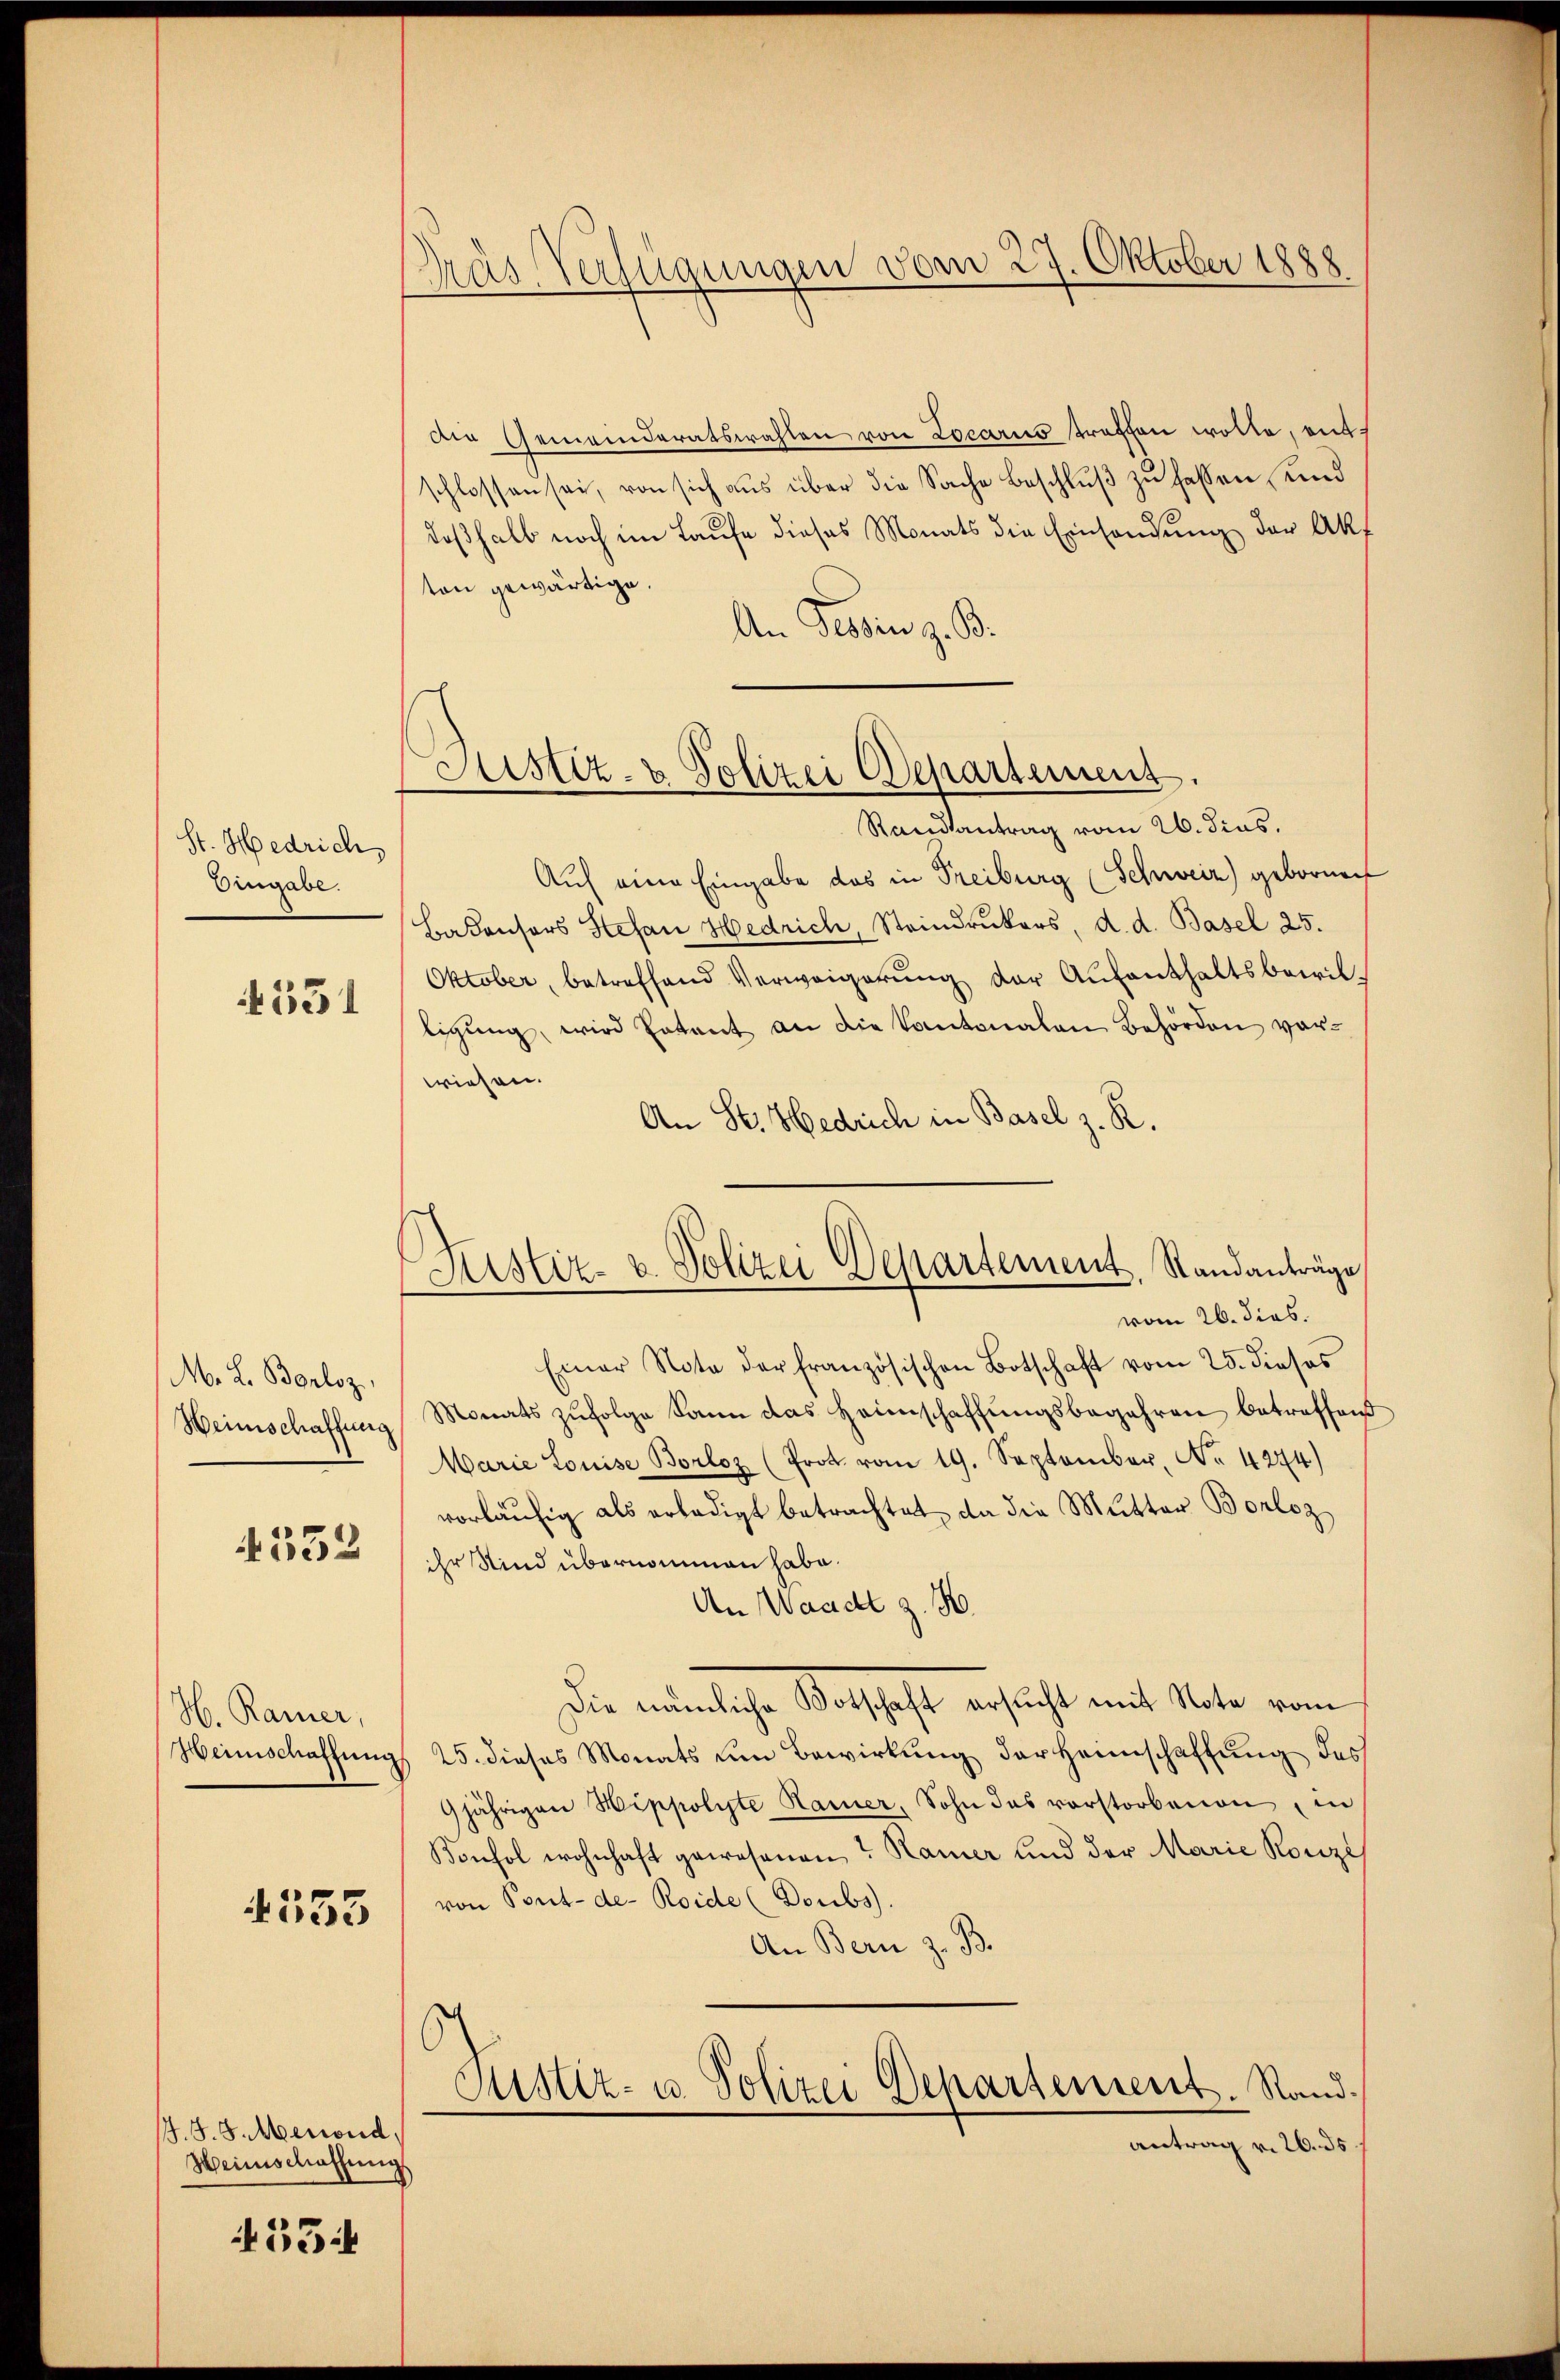
St. Hedrich
Eingabe.

531

M. L. Borloz,
Weinschaffung

4332

H. Kamer,
Weinschaftun

4555

B. S. 8. Menoud.
Heinschaffungs

35

Dräs Verfügungen vom 27. Oktober 1888

die Gemeinderatswahlen von Locaris traffen wolle, entschlossen sei, von sich aŭs über die Sache beschlŭβ zŭ hassen und
deßhalb noch im Laufe dieses Monats die Einsendung der Akt
ton gewärtige.
An Gesin z. B.
Auf eine Eingabe das in Freiburg (Schweiz) gebornen
Bakonsors Stefan Hedrich, Steindruckers, d. d. Basel 25.
Oktober, betreffend Verweigerung der Aufenthaltsbewilligŭng, wird Patent an die Kantonalen Behörden vorwiesen.
An St. Hedrich in Basel z. R.
vom 26. dies.
Einer Nota der französischen Botschaft vom 25. dieses
Monats zŭfolge dann das Heimschaffungsbegehren betreffend
Marie Louise Borloz (Prot. vom 19. September, No 4244)
vorläufig als erledigt betrachtet, da die Mutter Borloz
ihr Kind übernommen habe.
An Waadt z. B.
Die nämliche Votschaft ersucht mit Note vom
§ 25. dieses Monats um Bewirkung der Heimschaffung des
9jährigen Hippolyte Kamer, Sohn das vorstorbenen in
Konsol wohnhaft gewesenen? Kamer und der Marie Könizi
von Pont-de- Roide (Doubs).
An Bern z. B.
Justiz- u. Polizei Departement. Rand.
antrag v. 26. ds

Sistiz- & Polizei Departement.
Standsantrag vom 26. Fins.

Justiz- u. Polizei Departement. Standanträge